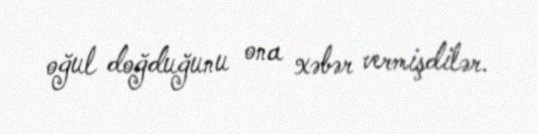
oğul doğduğunu ona xəbər vermişdilər.